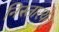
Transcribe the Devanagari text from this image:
निस्तारयेत्